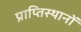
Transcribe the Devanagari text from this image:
प्राप्तिस्थानों